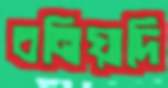
বনিয়াদি